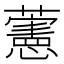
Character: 藼